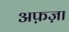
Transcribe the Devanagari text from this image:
अफ़ज़ा